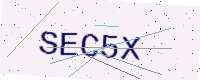
Text: SEC5X